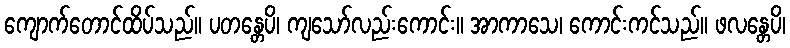
ကျောက်တောင်ထိပ်သည်။ ပတန္တေပိ၊ ကျသော်လည်းကောင်း။ အာကာသေ၊ ကောင်းကင်သည်။ ဖလန္တေပိ၊